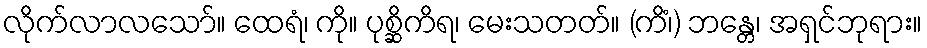
လိုက်လာလသော်။ ထေရံ၊ ကို။ ပုစ္ဆိကိရ၊ မေးသတတ်။ (ကိံ၊) ဘန္တေ၊ အရှင်ဘုရား။